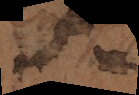
en a